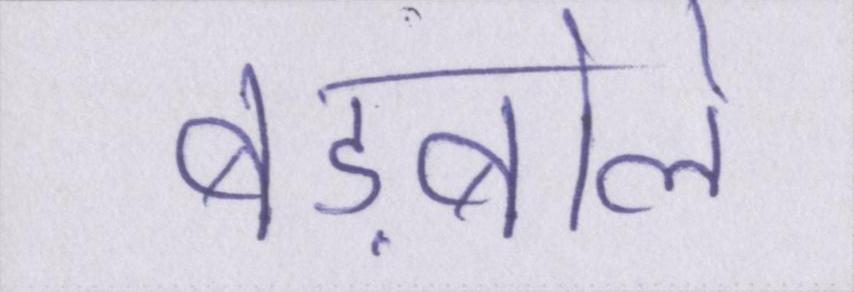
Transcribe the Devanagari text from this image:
बड़बोले